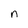
Character: n